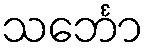
သင်္ဘော